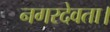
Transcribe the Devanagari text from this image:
नगरदेवता।